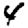
Digit: 4